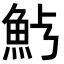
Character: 𩵿